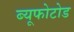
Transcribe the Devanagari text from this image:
ब्यूफोटोड